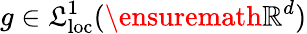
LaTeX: g\in\mathfrak{L}_{\mathrm{{loc}}}^{1}(\ensuremath{{\mathbb{{R}}^{d}}})